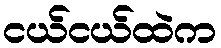
ငယ်ငယ်ထဲက